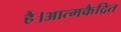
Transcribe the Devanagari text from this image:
है।आत्मकैद्रित